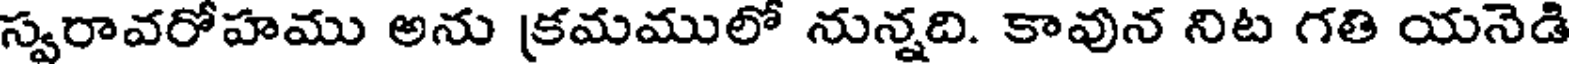
స్వరావరోహము అను క్రమములో నున్నది. కావున నిట గతి యనెడి